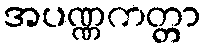
အပဏ္ဏကတ္တာ